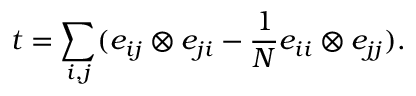
t = \sum _ { i , j } ( e _ { i j } \otimes e _ { j i } - \frac 1 N e _ { i i } \otimes e _ { j j } ) .